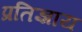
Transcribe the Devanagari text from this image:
प्रतिज्ञाय